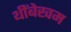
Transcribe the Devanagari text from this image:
थींबेखम